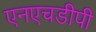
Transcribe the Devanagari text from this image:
एनएचडीपी